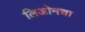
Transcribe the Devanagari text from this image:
लिओनचा